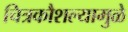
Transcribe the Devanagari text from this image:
चित्रकौशल्यामुळे